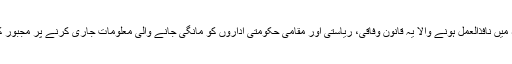
1967ء میں نافذالعمل ہونے والا یہ قانون وفاقی، ریاستی اور مقامی حکومتی اداروں کو مانگی جانے والی معلومات جاری کرنے پر مجبور کرتا ہے۔